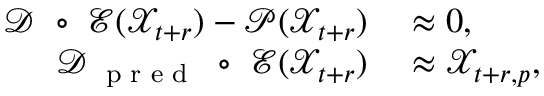
\begin{array} { r l } { \mathcal D ~ \circ ~ \mathcal E ( \mathcal X _ { t + r } ) - \mathcal P ( \mathcal X _ { t + r } ) } & { { } \approx \boldsymbol 0 , } \\ { \mathcal D _ { \mathrm { ~ \scriptsize ~ p ~ r ~ e ~ d ~ } } ~ \circ ~ \mathcal E ( \mathcal X _ { t + r } ) } & { { } \approx \mathscr X _ { t + r , p } , } \end{array}